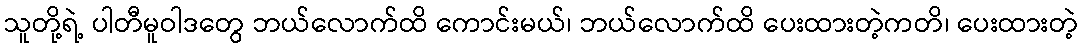
သူတို့ရဲ့ ပါတီမူဝါဒတွေ ဘယ်လောက်ထိ ကောင်းမယ်၊ ဘယ်လောက်ထိ ပေးထားတဲ့ကတိ၊ ပေးထားတဲ့